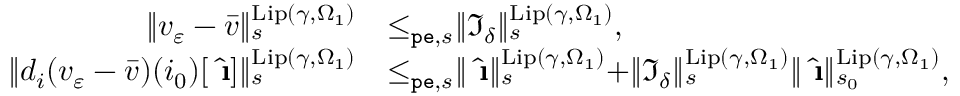
\begin{array} { r l } { \rVert v _ { \varepsilon } - \bar { v } \rVert _ { s } ^ { \mathrm { L i p } ( \gamma , \Omega _ { 1 } ) } } & { \le _ { \mathtt { p e } , s } \rVert \mathfrak { I } _ { \delta } \rVert _ { s } ^ { \mathrm { L i p } ( \gamma , \Omega _ { 1 } ) } , } \\ { \rVert d _ { i } ( v _ { \varepsilon } - \bar { v } ) ( i _ { 0 } ) [ \hat { \textbf { \i } } ] \rVert _ { s } ^ { \mathrm { L i p } ( \gamma , \Omega _ { 1 } ) } } & { \le _ { \mathtt { p e } , s } \rVert \hat { \textbf { \i } } \rVert _ { s } ^ { \mathrm { L i p } ( \gamma , \Omega _ { 1 } ) } + \rVert \mathfrak { I } _ { \delta } \rVert _ { s } ^ { \mathrm { L i p } ( \gamma , \Omega _ { 1 } ) } \rVert \hat { \textbf { \i } } \rVert _ { s _ { 0 } } ^ { \mathrm { L i p } ( \gamma , \Omega _ { 1 } ) } , } \end{array}